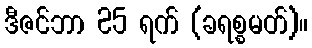
ဒီဇင်ဘာ 25 ရက် (ခရစ္စမတ်)။